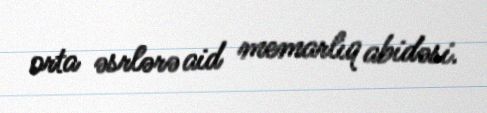
orta əsrlərə aid memarlıq abidəsi.